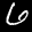
Label: 6